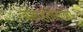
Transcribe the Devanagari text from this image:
वसाहतीतल्या